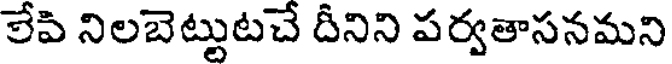
లేపి నిలబెట్టుటచే దీనిని పర్వతాసనమని